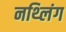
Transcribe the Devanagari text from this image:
नथ्लिंग